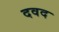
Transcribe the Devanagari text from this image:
दवद